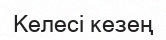
Келесі кезең